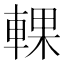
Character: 輠